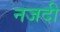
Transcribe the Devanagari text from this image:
नजदी